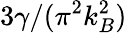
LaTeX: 3\gamma/(\pi^{2}k_{B}^{2})